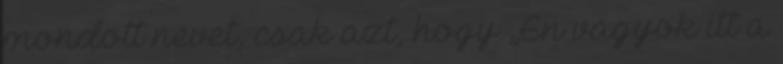
mondott nevet, csak azt, hogy „Én vagyok itt a